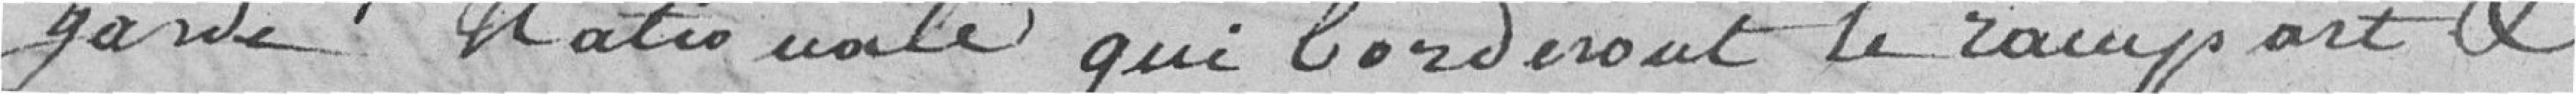
garde nationale qui borderont le rempart.